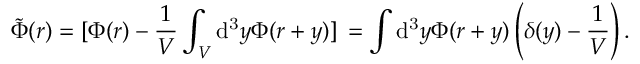
\tilde { \Phi } ( r ) = [ \Phi ( r ) - \frac { 1 } { V } \int _ { V } \mathrm { d ^ { 3 } } y \Phi ( r + y ) ] \, { } = \int \mathrm { d ^ { 3 } } y \Phi ( r + y ) \left( \delta ( y ) - \frac { 1 } { V } \right) .